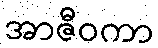
အာဇီဝကာ